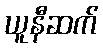
ယူနီဆက်